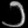
Digit: ၁